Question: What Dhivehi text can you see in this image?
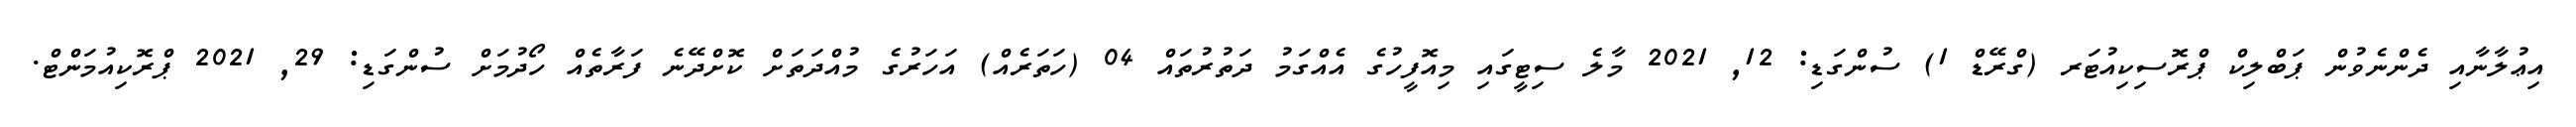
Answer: އިޢުލާނާއި ދެންނެވުން ޕަބްލިކް ޕްރޮސިކިއުޓަރ (ގްރޭޑް 1) ސުންގަޑި: 12, 2021 މާލެ ސިޓީގައި މިއޮފީހުގެ އެއްގަމު ދަތުރުތައް 04 (ހަތަރެއް) އަހަރުގެ މުއްދަތަށް ކޮށްދޭނެ ފަރާތެއް ހޯދުމަށް ސުންގަޑި: 29, 2021 ޕްރޮކިއުމަންޓް.